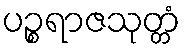
ပဉ္စရာဇသုတ္တံ